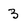
Character: 3